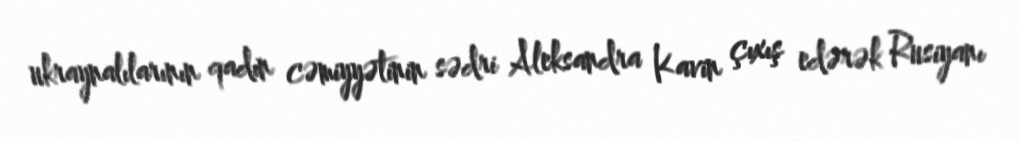
ukraynalılarının qadın cəmiyyətinin sədri Aleksandra Kavin çıxış edərək Rusiyanı